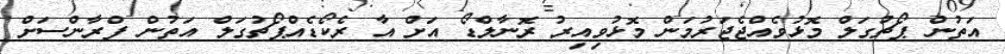
އަތުން ޕޯޗުގަލް މޮޅުވެއްޖެޖަރުމަން މޮޅުވިއިރު ރޮނާލްޑޯ އަށް އާ ރެކޯޑެއްޕޯޗުގަލް އަތުން ފްރާންސަށް